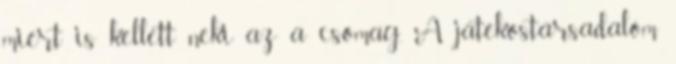
miért is kellett neki az a csomag. A játékostársadalom